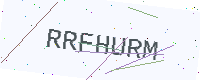
Text: RRFHURM